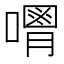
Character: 𠿥